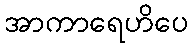
အာကာရေဟိပေ